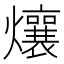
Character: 爙